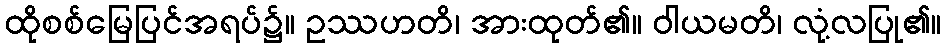
ထိုစစ်မြေပြင်အရပ်၌။ ဥဿဟတိ၊ အားထုတ်၏။ ဝါယမတိ၊ လုံ့လပြု၏။